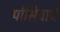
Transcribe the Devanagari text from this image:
पोसिचार्ज